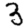
Digit: 3